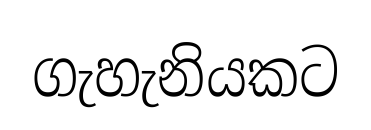
ගැහැනියකට